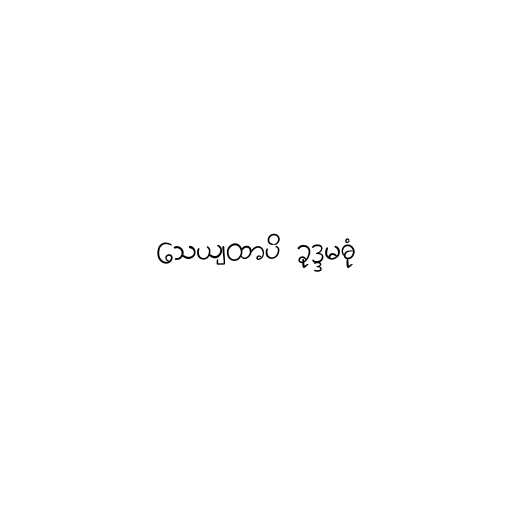
သေယျထာပိ ခုဒ္ဒမဓုံ